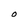
Character: O